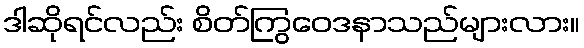
ဒါဆိုရင်လည်း စိတ်ကြွဝေဒနာသည်များလား။